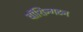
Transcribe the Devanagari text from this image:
वॉशिन्गटन